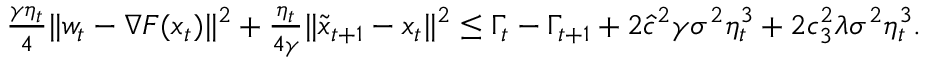
\begin{array} { r } { \frac { \gamma \eta _ { t } } { 4 } \| w _ { t } - \nabla F ( x _ { t } ) \| ^ { 2 } + \frac { \eta _ { t } } { 4 \gamma } \| \tilde { x } _ { t + 1 } - x _ { t } \| ^ { 2 } \leq \Gamma _ { t } - \Gamma _ { t + 1 } + 2 \hat { c } ^ { 2 } \gamma \sigma ^ { 2 } \eta _ { t } ^ { 3 } + 2 c _ { 3 } ^ { 2 } \lambda \sigma ^ { 2 } \eta _ { t } ^ { 3 } . } \end{array}